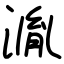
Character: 湚